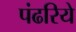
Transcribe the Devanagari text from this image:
पंढरिये